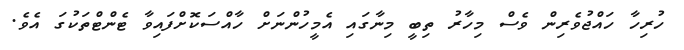
ހުރިހާ ހައްޖުވެރިން ވެސް މިހާރު ތިބީ މިނާގައި އެމީހުންނަށް ހާއްސަކޮށްފައިވާ ޓެންޓްތަކުގަ އެވެ.